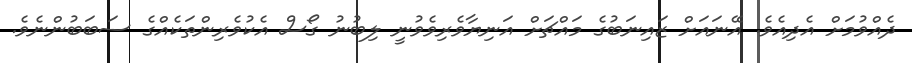
ދެއްވުމަށް އެދިއެވެ. އޭނައަށް ޒައިނަބުގެ މައްޗަށް އަނިޔާވެރިވެވުނީ ލިބުނު ގޯސް އެކުވެރިންތަކެއްގެ ސަބަބުންނެވެ.